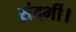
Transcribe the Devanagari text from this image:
संदर्भी।